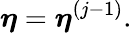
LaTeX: \boldsymbol{\eta}=\boldsymbol{\eta}^{(j-1)}.